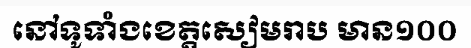
នៅទូទាំងខេត្តសៀមរាប មាន១០០